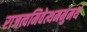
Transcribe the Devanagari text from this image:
राजत्वमिवेत्थममुमर्थं